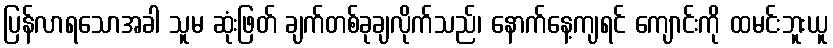
ပြန်လာရသောအခါ သူမ ဆုံးဖြတ် ချက်တစ်ခုချလိုက်သည်၊ နောက်နေ့ကျရင် ကျောင်းကို ထမင်းဘူးယူ